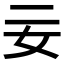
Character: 𡚬